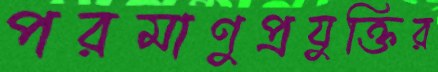
পরমাণুপ্রযুক্তির